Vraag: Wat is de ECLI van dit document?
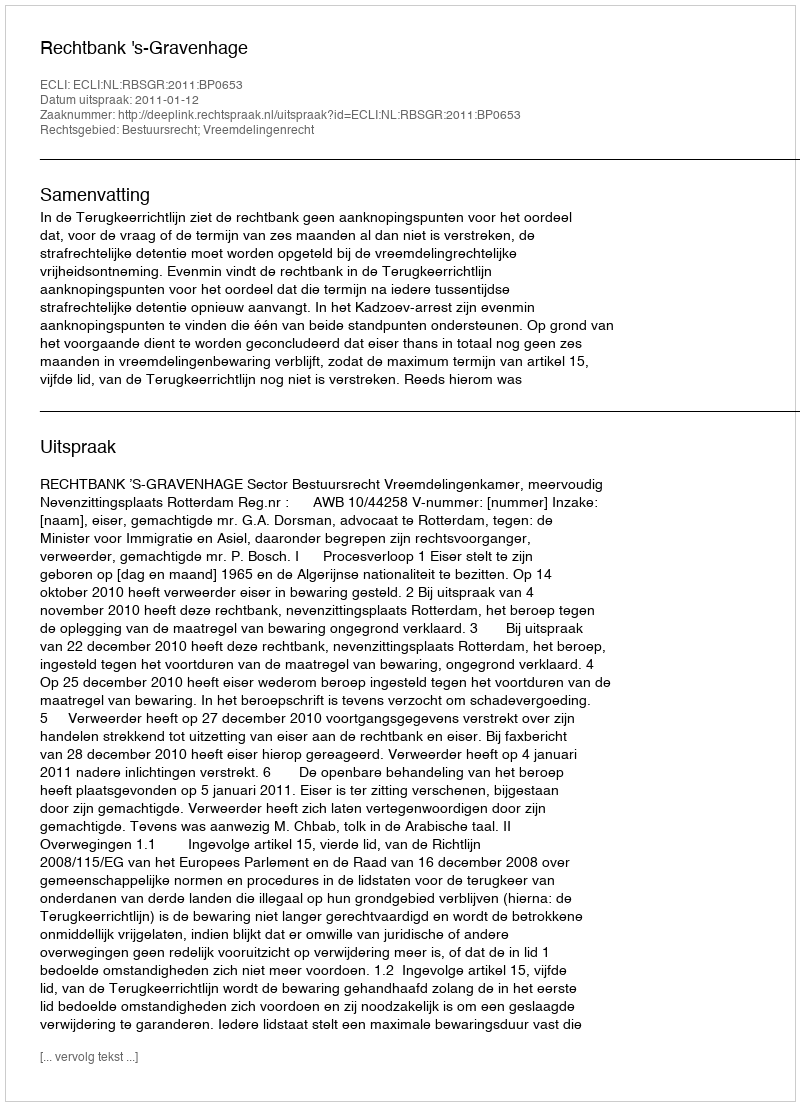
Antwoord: ECLI:NL:RBSGR:2011:BP0653